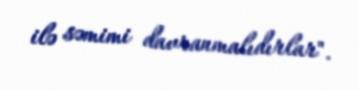
ilə səmimi davranmalıdırlar".